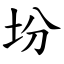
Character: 坋